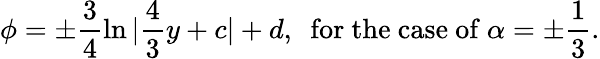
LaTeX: \phi=\pm\frac 34\ln|\frac 43y+c|+d,\ \ \mathrm{for~the~case~of~}\alpha=\pm\frac 13.